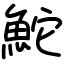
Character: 鮀